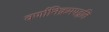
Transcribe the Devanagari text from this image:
वर्णानिक्रमपद्धति